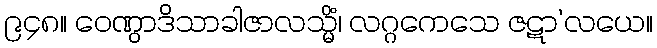
၉၄၈။ ဝေဏွာဒိသာခါဇာလသ္မိံ၊ လဂ္ဂကေသေ ဇဋာ’လယေ။